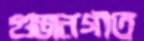
গুঞ্জনগীত